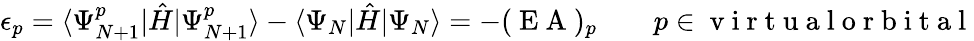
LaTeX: \epsilon_{p}=\langle\Psi_{N+1}^{p}|\hat{H}|\Psi_{N+1}^{p}\rangle-\langle\Psi_{N}|\hat{H}|\Psi_{N}\rangle=-(\mathrm{~E~A~})_{p}\qquad p\in\mathrm{~v~i~r~t~u~a~l~o~r~b~i~t~a~l~}